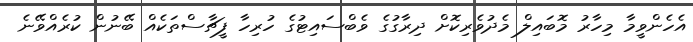
އެހެންވީމާ މިހާރު މޮބައިލް މެދުވެރިކޮށް ދިރާގުގެ ވެބްސައިޓުގެ ހުރިހާ ފީޗާސްތަކެއް ބޭނުން ކުރެއްވޭނެ